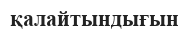
қалайтындығын